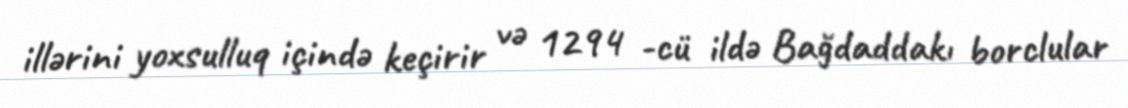
illərini yoxsulluq içində keçirir və 1294 -cü ildə Bağdaddakı borclular